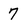
Character: 7